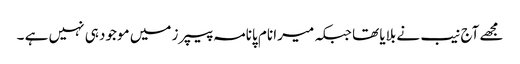
مجھے آج نیب نے بلایا تھا جبکہ میرا نام پانامہ پیپرز میں موجود ہی نہیں ہے ۔